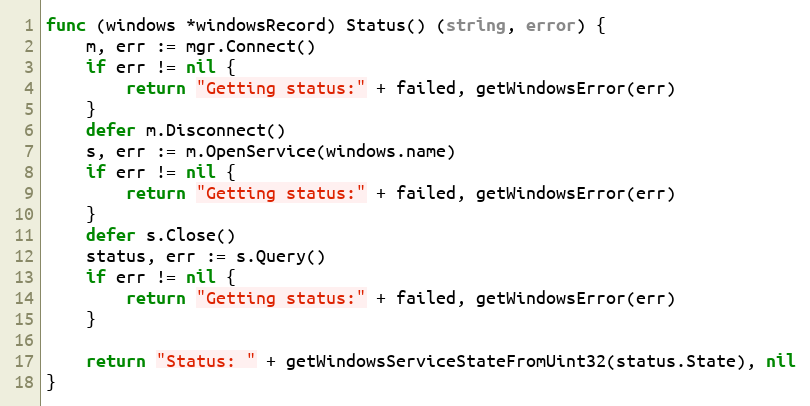
Language: Go
func (windows *windowsRecord) Status() (string, error) {
	m, err := mgr.Connect()
	if err != nil {
		return "Getting status:" + failed, getWindowsError(err)
	}
	defer m.Disconnect()
	s, err := m.OpenService(windows.name)
	if err != nil {
		return "Getting status:" + failed, getWindowsError(err)
	}
	defer s.Close()
	status, err := s.Query()
	if err != nil {
		return "Getting status:" + failed, getWindowsError(err)
	}

	return "Status: " + getWindowsServiceStateFromUint32(status.State), nil
}